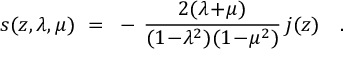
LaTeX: s ( z , \lambda , \mu ) ~ = ~ - \, { \frac { 2 ( \lambda \! + \! \mu ) } { ( 1 \! - \! \lambda ^ { 2 } ) ( 1 \! - \! \mu ^ { 2 } ) } } \, j ( z ) ~ ~ ~ .